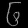
Digit: ၆